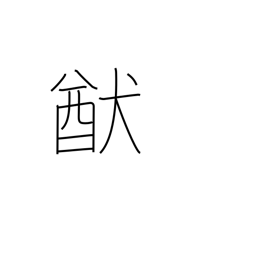
Meaning: way